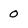
Character: 0